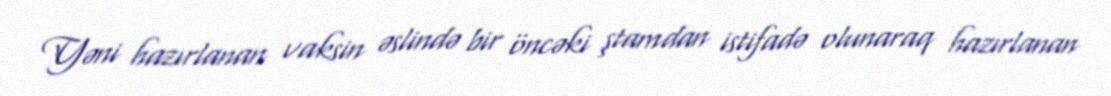
Yəni hazırlanan vaksin əslində bir öncəki ştamdan istifadə olunaraq hazırlanan